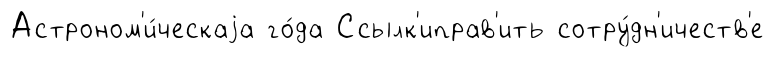
Астроном'и́ческаjа го́да Ссылк'иправ'ить сотру́дн'ичеств'е